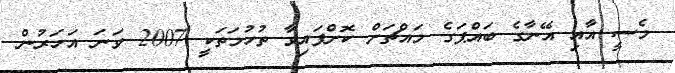
މެސީ އާއި އޭނާގެ ބައްޕަގެ މައްޗަށް ކޮށްފައިވާ ތުހުމަތަކީ 2007 ވަނަ އަހަރުން